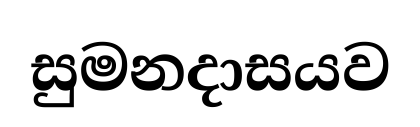
සුමනදාසයව